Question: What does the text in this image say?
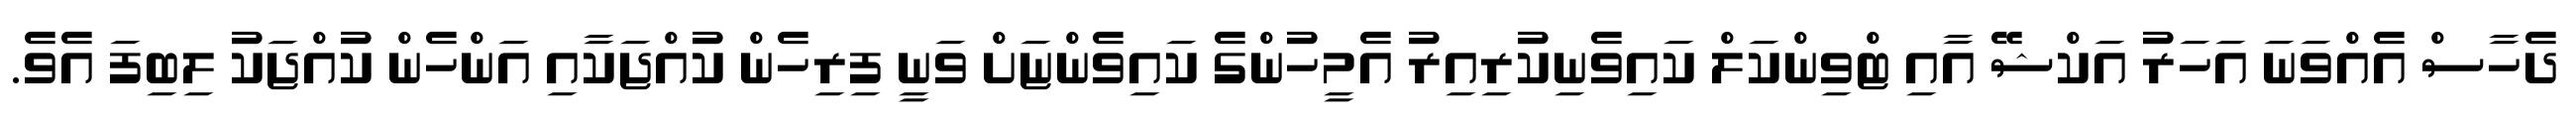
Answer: ދެހާސް އެއްވަނަ އަހަރު އަކްޝޭ އާއި ޓްވިންކަލް ކައިވެނިކުރިއިރު އެމީހުންގެ ކައިވެންޏަށް ވަނީ ފިރިހެން ކުއްޖަކާއި އަންހެން ކުއްޖަކު ލިބިފަ އެވެ.